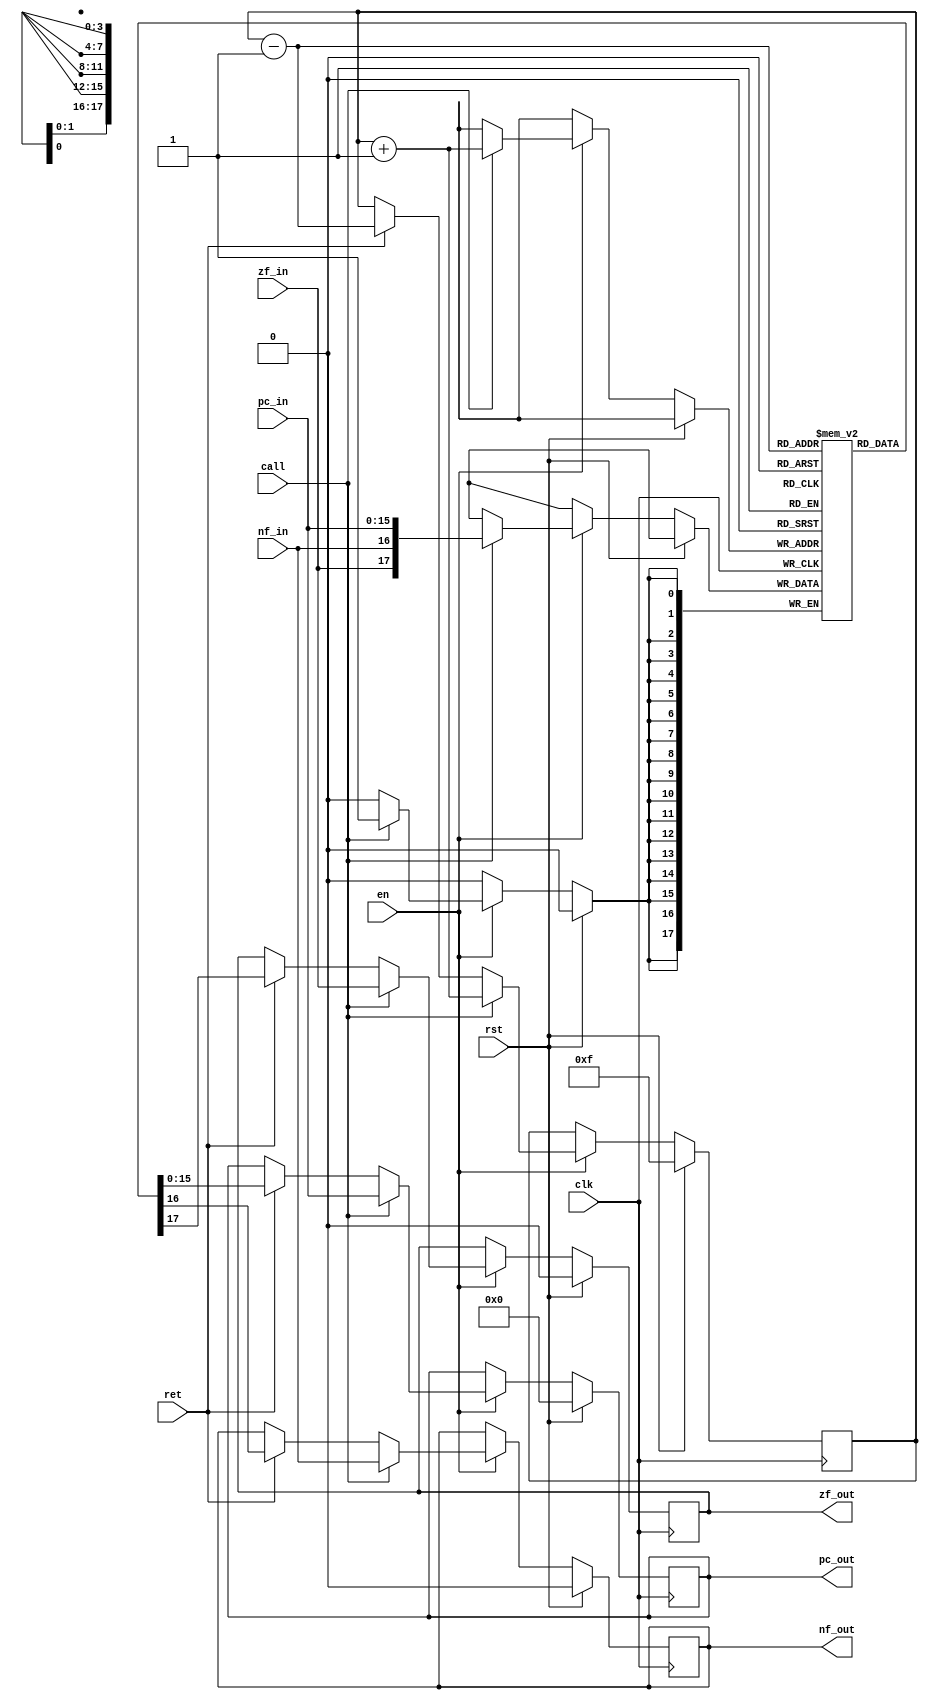
`timescale 1ns / 1ps
`default_nettype none
//`define DBG

module Calls #(
    parameter ADDR_WIDTH = 4,
    parameter RAM_ADDR_WIDTH = 16
)(
    input wire rst,
    input wire clk,
    input wire [RAM_ADDR_WIDTH-1:0] pc_in, // current program counter
    input wire zf_in, // current zero flag
    input wire nf_in, // current negative flag
    input wire call, // pushes current 'pc_in', 'zf_in' and 'nf_in' on the stack
    input wire ret, // pops stack and on negedge the top of stack is available on *_out 
    input wire en, // enables 'call' or 'ret'
    output reg [RAM_ADDR_WIDTH-1:0] pc_out, // top of stack program counter
    output reg zf_out, // top of stack zero flag
    output reg nf_out // top of stack negative flag
);

reg [ADDR_WIDTH-1:0] idx;
reg [RAM_ADDR_WIDTH+1:0] mem [0:2**ADDR_WIDTH-1]; // {zf, nf, addr}

integer i;
initial begin
    for (i = 0; i < 2**ADDR_WIDTH; i = i + 1) begin
        mem[i] = {(RAM_ADDR_WIDTH+2){1'b0}}; // {zf, nf, addr}
    end
end

always @(posedge clk) begin
    `ifdef DBG
        $display("%0t: clk+: Calls: pc=%0d, en=%0d, call=%0d, ret=%0d", $time, pc_in, en, call, ret);
    `endif

    if (rst) begin
        idx <= {ADDR_WIDTH{1'b1}};
        pc_out <= 0;
        zf_out <= 0;
        nf_out <= 0;
    end else begin
        if (en) begin
            if (call) begin
                idx = idx + 1;
                //$display("*** call from: %0d, idx=%0d", pc_in, idx);
                mem[idx] <= {zf_in, nf_in, pc_in};
                zf_out <= zf_in;
                nf_out <= nf_in;
                pc_out <= pc_in;
            end else if (ret) begin
                //$display("*** ret to: %0d, idx=%0d", mem[idx][RAM_ADDR_WIDTH-1:0], idx);
                idx = idx - 1;
                {zf_out, nf_out, pc_out} <= mem[idx];
            end
        end
    end
end

endmodule

`undef DBG
`default_nettype wire